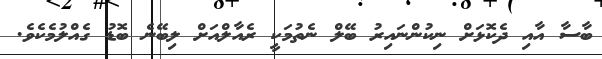
ބާސާ އާއި ދެކޮޅަށް ނިކުންނައިރު ބޭލް ނެތުމަކީ ރެއާލްއަށް ލިބޭނެ ބޮޑު ގެއްލުމެކެވެ.